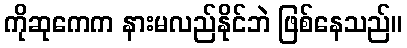
ကိုဆုကေက နားမလည်နိုင်ဘဲ ဖြစ်နေသည်။